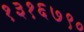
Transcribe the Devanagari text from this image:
१३१६७९०